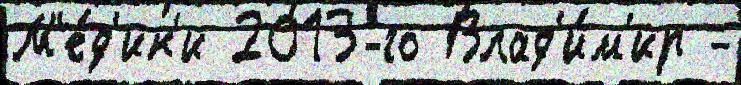
М'е́д'ик'и 2013-го Влад'и́м'ир -